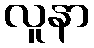
လူနာ